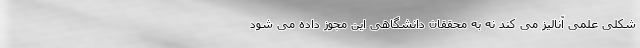
شکلی علمی آنالیز می کند نه به محققان دانشگاهی این مجوز داده می شود